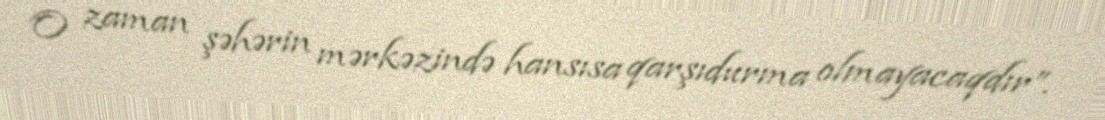
O zaman şəhərin mərkəzində hansısa qarşıdurma olmayacaqdır”.